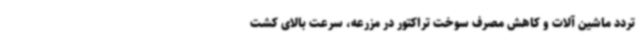
تردد ماشین آلات و کاهش مصرف سوخت تراکتور در مزرعه، سرعت بالای کشت